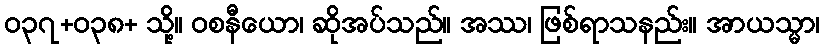
ဝ၃၇+၀၃၈+ သို့။ ဝစနီယော၊ ဆိုအပ်သည်။ အဿ၊ ဖြစ်ရာသနည်း။ အာယသ္မာ၊